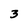
Character: 3